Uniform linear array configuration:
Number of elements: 16
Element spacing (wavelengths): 0.75
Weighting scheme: cosine
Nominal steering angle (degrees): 0
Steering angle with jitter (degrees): -1.347
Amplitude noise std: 0.05
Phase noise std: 0.05

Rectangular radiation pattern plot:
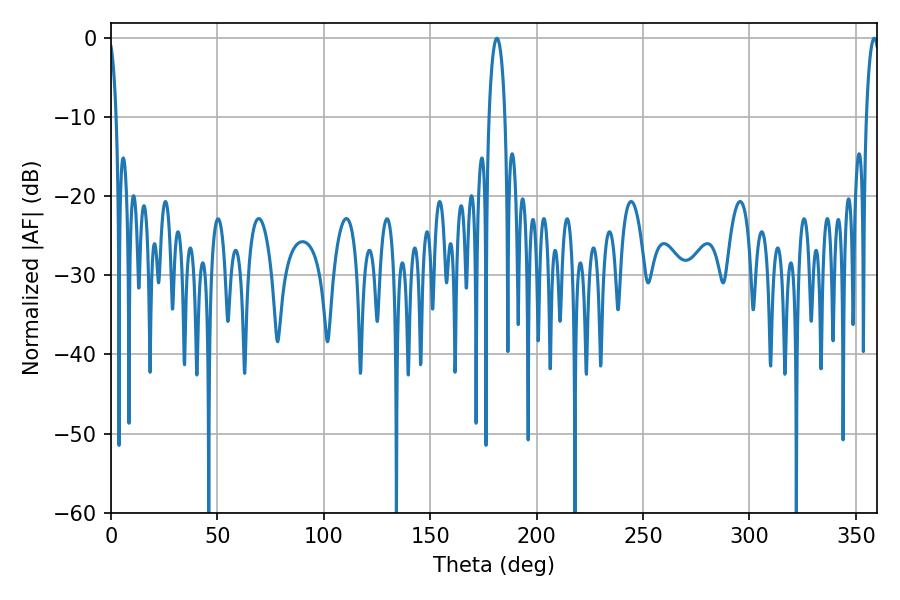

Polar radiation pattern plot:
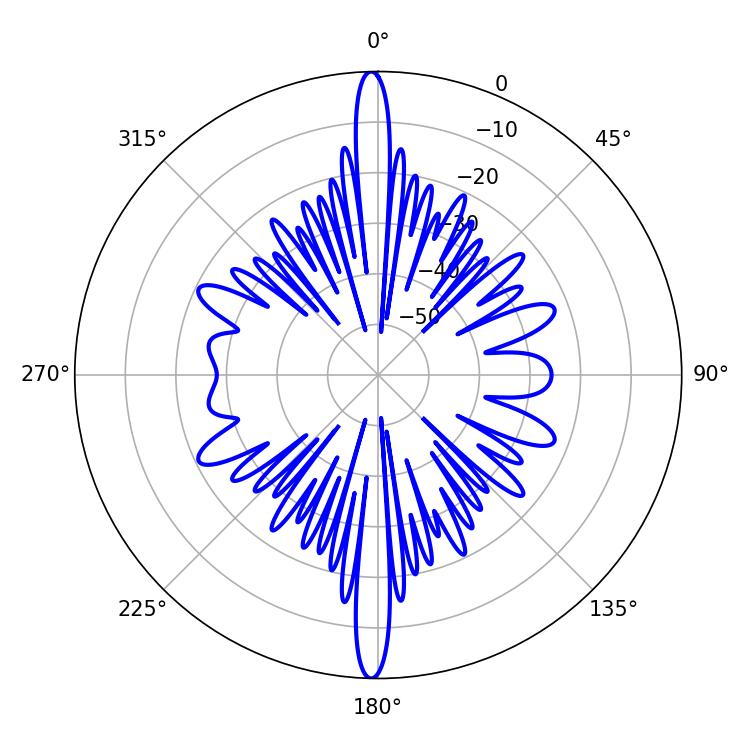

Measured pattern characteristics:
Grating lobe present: TRUE
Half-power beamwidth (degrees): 4.14
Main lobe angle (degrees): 181.26